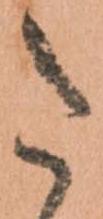
た